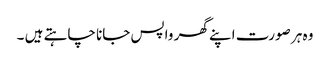
وہ ہر صورت اپنے گھر واپس جانا چاہتے ہیں ۔